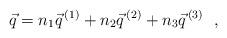
LaTeX: \begin{align*}\vec{q} =n_{1} \vec{q}^{\, (1)} + n_{2} \vec{q}^{\, (2)} + n_{3} \vec{q}^{\, (3)}~~,\end{align*}